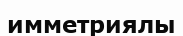
имметриялы